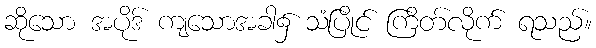
ဆိုသော အပိုဒ် ကျသောအခါ၌ သံပြိုင် ကြိတ်လိုက် ရသည်။